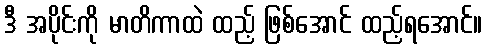
ဒီ အပိုင်းကို မာတိကာထဲ ထည့် ဖြစ်အောင် ထည့်ရအောင်။